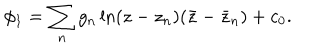
LaTeX: \phi _ { 1 } = \sum _ { n } g _ { n } \ln ( z - z _ { n } ) ( \bar { z } - \bar { z } _ { n } ) + c _ { 0 } .